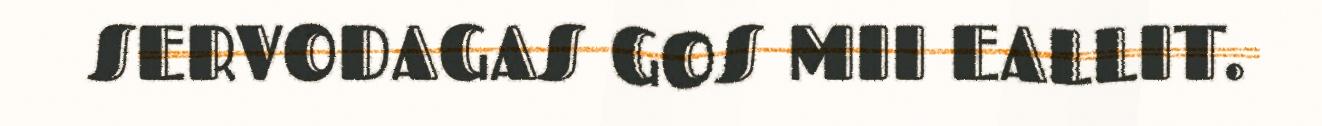
SERVODAGAS GOS MII EALLIT.